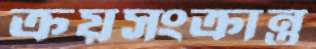
ক্রয়সংক্রান্ত